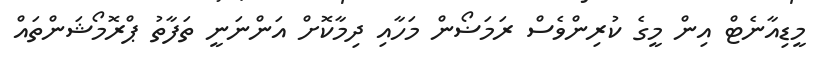
މީޑިއާނެޓް އިން މީގެ ކުރިންވެސް ރަމަޟޯން މަހާއި ދިމާކޮށް އަންނަނީ ތަފާތު ޕްރޮމޯޝަންތައް